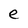
Character: e